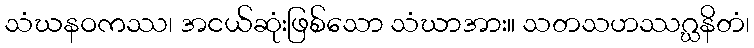
သံဃနဝကဿ၊ အငယ်ဆုံးဖြစ်သော သံဃာအား။ သတသဟဿဂ္ဃနိတံ၊